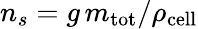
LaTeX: n_{s}=g\, m_{\mathrm{tot}}/\rho_{\mathrm{cell}}